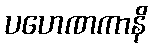
ပဟေဏကာနိ